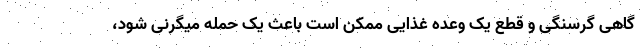
گاهی گرسنگی و قطع یک وعده غذایی ممکن است باعث یک حمله میگرنی شود،